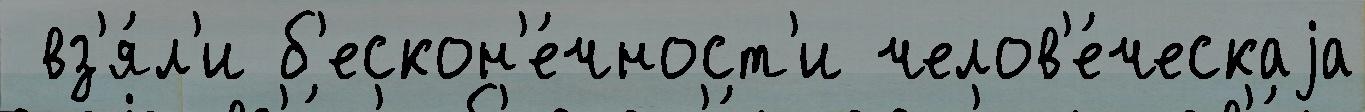
 вз'я́л'и б'ескон'е́чност'и челов'е́ческаjа